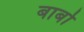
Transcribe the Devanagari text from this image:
बार्बो